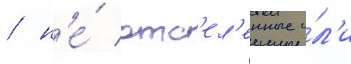
/ н'е́ отс'ел'енные и́л'и